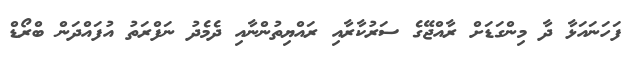
ފަހަނައަޅާ ދާ މިންގަޑަށް ރާއްޖޭގެ ސަރުކާރާއި ރައްޔިތުންނާއި ދެމެދު ނަފްރަތު އުފައްދަން ބްރޯޑް